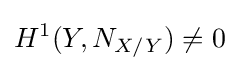
H^{1}(Y,N_{X/Y})\neq 0